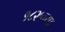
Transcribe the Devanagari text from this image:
१८२५च्या